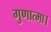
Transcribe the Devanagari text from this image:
गुणात्मा।